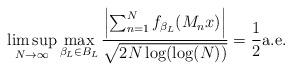
LaTeX: \begin{align*} \limsup_{N\to\infty}\max_{\beta_L\in B_L}\frac{\left|\sum_{n=1}^Nf_{\beta_{L}}(M_nx)\right|}{\sqrt{2N\log(\log(N))}}=\frac{1}{2} \textnormal{a.e.}\end{align*}